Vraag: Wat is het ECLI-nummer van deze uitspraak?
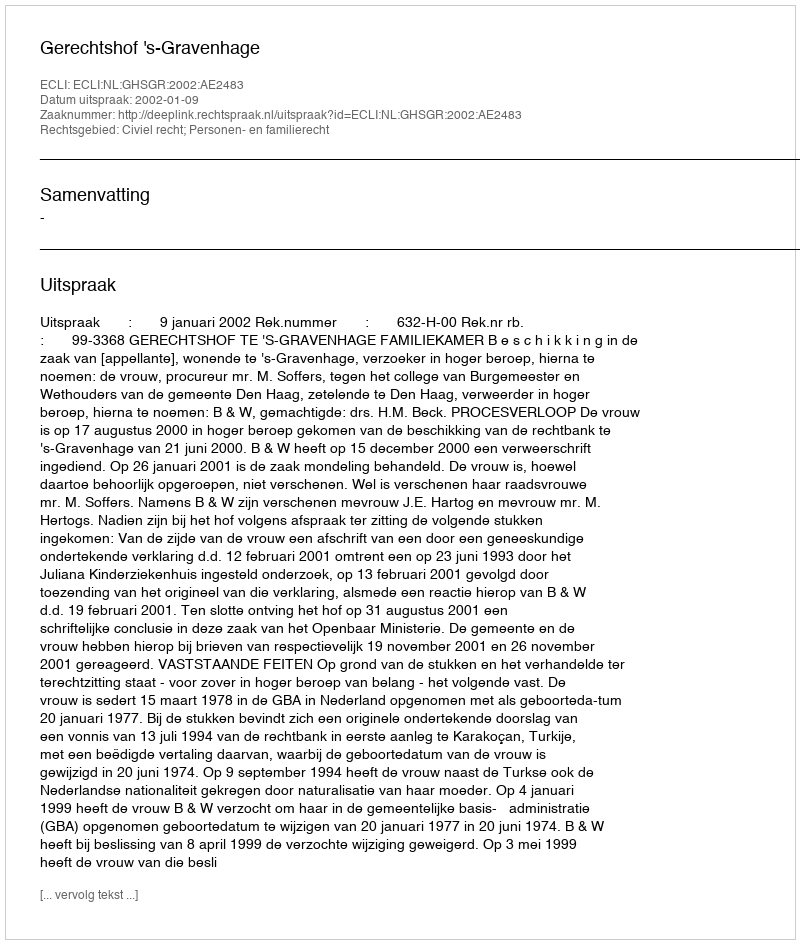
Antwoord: ECLI:NL:GHSGR:2002:AE2483